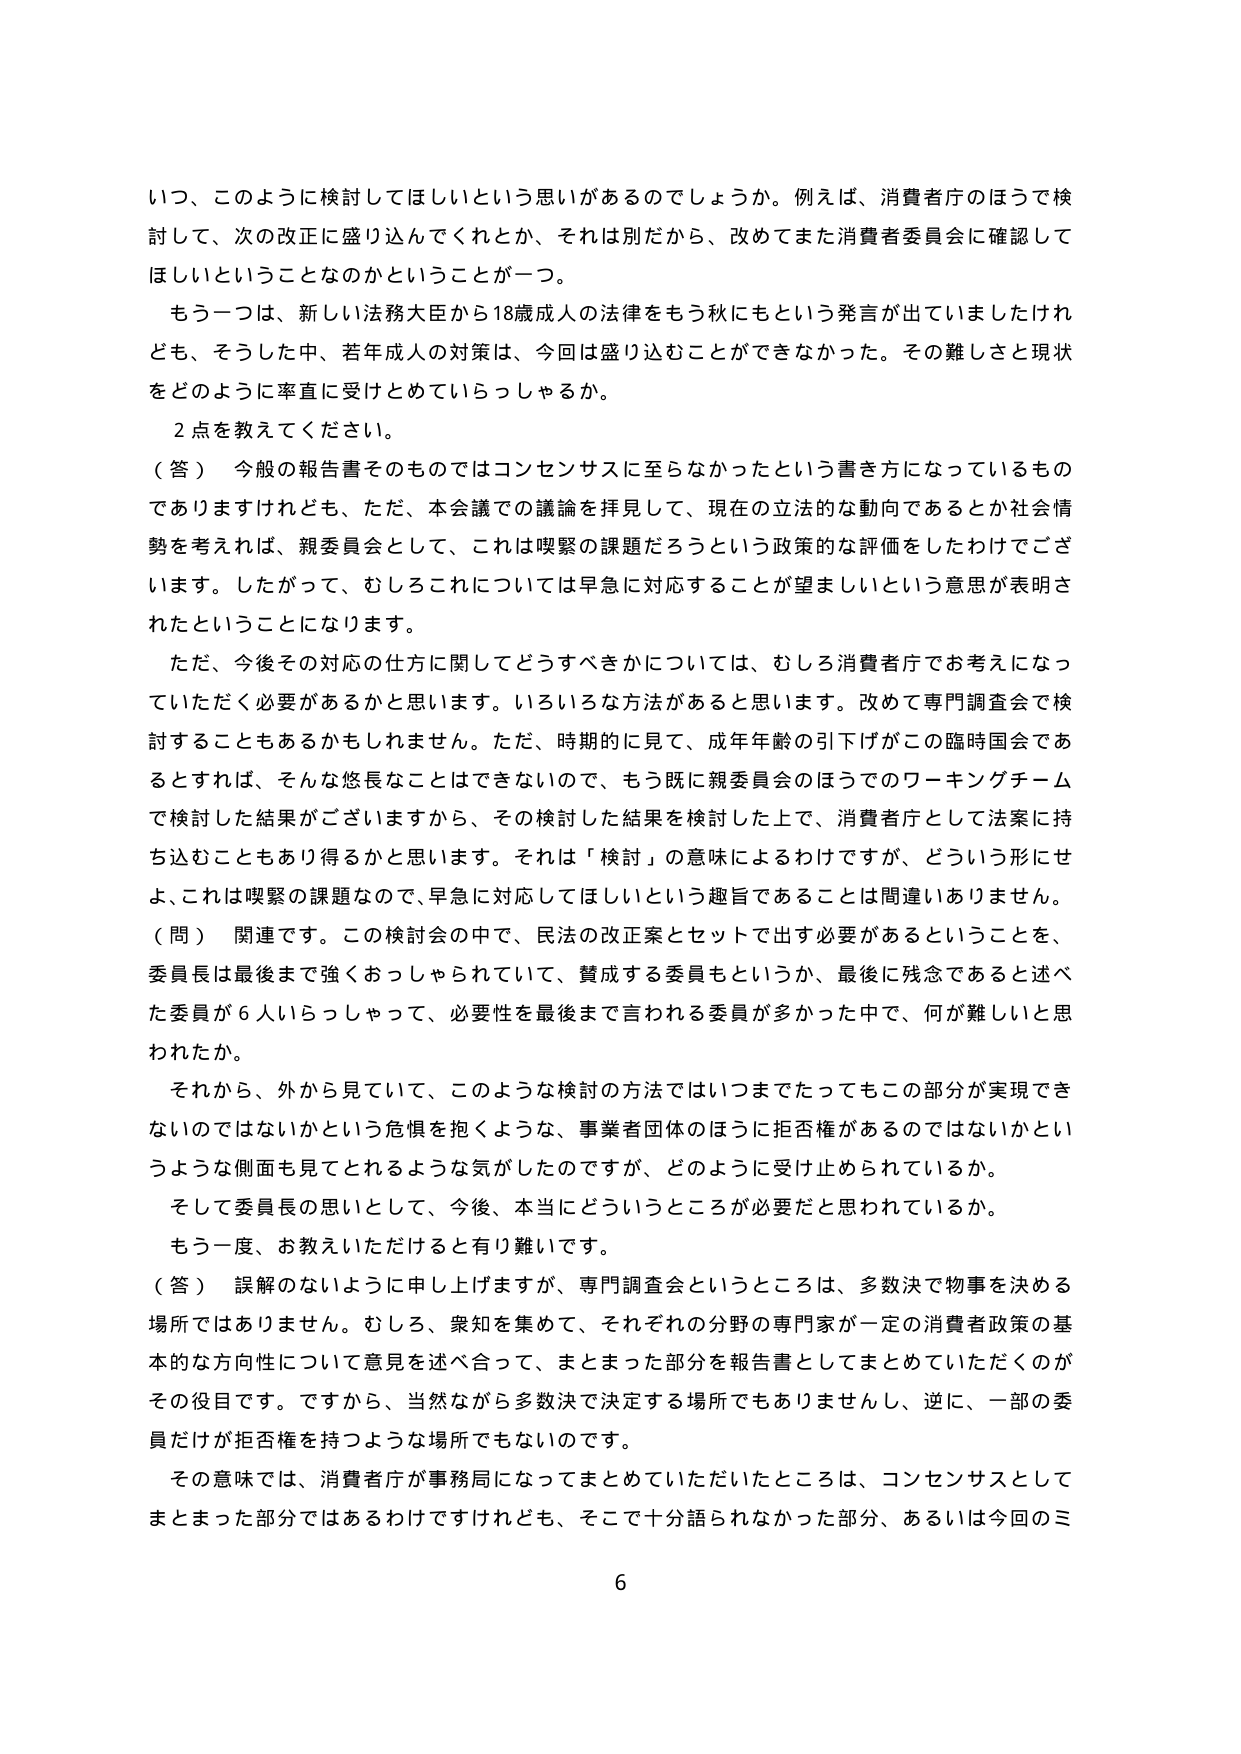
いつ、このように検討してほしいという思いがあるのでしょうか。例えば、消費者庁のほうで検討して、次の改正に盛り込んでくれとか、それは別だから、改めてまた消費者委員会に確認してほしいということなのかということが一つ。

もう一つは、新しい法務大臣から18歳成人の法律をもう秋にもという発言が出ていましたけれども、そうした中、若年成人の対策は、今回は盛り込むことができなかった。その難しさと現状をどのように率直に受けとめていらっしゃるか。

2点を教えてください。

（答） 今般の報告書そのものではコンセンサスに至らなかったという書き方になっているものでありますけれども、ただ、本会議での議論を拝見して、現在の立法的な動向であるとか社会情勢を考えれば、親委員会として、これは喫緊の課題だろうという政策的な評価をしたわけでございます。したがって、むしろこれについては早急に対応することが望ましいという意思が表明されたということになります。

ただ、今後その対応の仕方に関してどうすべきかについては、むしろ消費者庁でお考えになっていただく必要があるかと思います。いろいろな方法があると思います。改めて専門調査会で検討することもあるかもしれません。ただ、時期的に見て、成年年齢の引下げがこの臨時国会であるとすれば、そんな悠長なことはできないので、もう既に親委員会のほうでのワーキングチームで検討した結果がございますから、その検討した結果を検討した上で、消費者庁として法案に持ち込むこともあり得るかと思います。それは「検討」の意味によるわけですが、どういう形にせよ、これは喫緊の課題なので、早急に対応してほしいという趣旨であることは間違いありません。

（問） 関連です。この検討会の中で、民法の改正案とセットで出す必要があるということを、委員長は最後まで強くおっしゃられていて、賛成する委員もというか、最後に残念であると述べた委員が6人いらっしゃって、必要性を最後まで言われる委員が多かった中で、何が難しいと思われたか。

それから、外から見えていて、このような検討の方法ではいつまでたってもこの部分が実現できないのではないかという危惧を抱くような、事業者団体のほうに拒否権があるのではないかというような側面も見てとれるような気がしたのですが、どのように受け止められているか。

そして委員長の思いとして、今後、本当にどういうところが必要だと思われているか。

もう一度、お教えいただけると有り難いです。

（答） 誤解のないように申し上げますが、専門調査会というところは、多数決で物事を決める場所ではありません。むしろ、衆知を集めて、それぞれの分野の専門家が一定の消費者政策の基本的な方向性について意見を述べ合って、まとまった部分を報告書としてまとめていただくのがその役目です。ですから、当然ながら多数決で決定する場所でもありませんし、逆に、一部の委員だけが拒否権を持つような場所でもないのです。

その意味では、消費者庁が事務局になってまとめていただいたところは、コンセンサスとしてまとまった部分ではあるわけですがけれども、そこで十分語られなかった部分、あるいは今回のミ

6